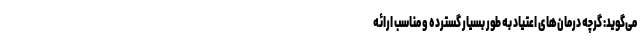
می‌گوید: گرچه درمان‌های اعتیاد به طور بسیار گسترده و مناسب ارائه